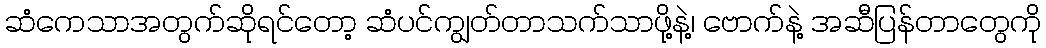
ဆံကေသာအတွက်ဆိုရင်တော့ ဆံပင်ကျွတ်တာသက်သာဖို့နဲ့၊ ဗောက်နဲ့ အဆီပြန်တာတွေကို